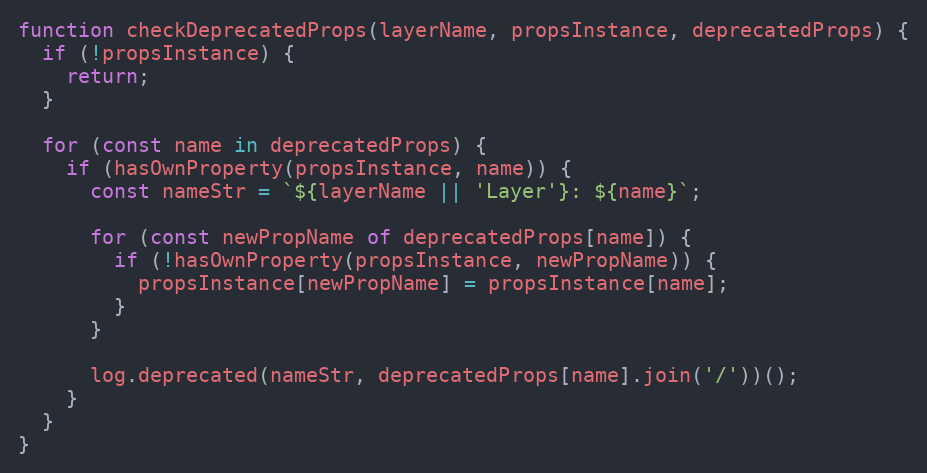
Language: JavaScript
function checkDeprecatedProps(layerName, propsInstance, deprecatedProps) {
  if (!propsInstance) {
    return;
  }

  for (const name in deprecatedProps) {
    if (hasOwnProperty(propsInstance, name)) {
      const nameStr = `${layerName || 'Layer'}: ${name}`;

      for (const newPropName of deprecatedProps[name]) {
        if (!hasOwnProperty(propsInstance, newPropName)) {
          propsInstance[newPropName] = propsInstance[name];
        }
      }

      log.deprecated(nameStr, deprecatedProps[name].join('/'))();
    }
  }
}